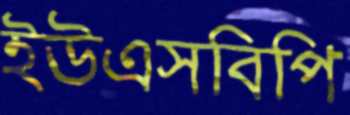
ইউএসবিপি